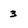
Character: 3